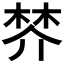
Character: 𣓴